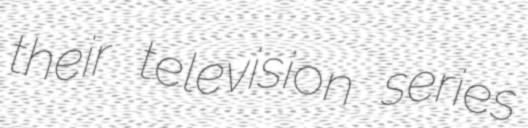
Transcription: their television series